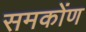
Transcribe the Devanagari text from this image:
समकोंण